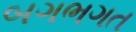
બગભગત